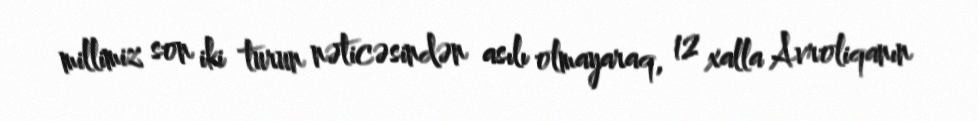
millimiz son iki turun nəticəsindən asılı olmayaraq, 12 xalla Avroliqanın